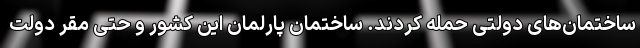
ساختمان‌های دولتی حمله کردند. ساختمان پارلمان این کشور و حتی مقر دولت